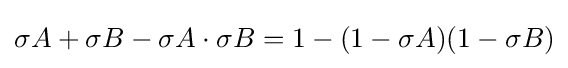
\sigma A+\sigma B-\sigma A\cdot \sigma B=1-(1-\sigma A)(1-\sigma B)